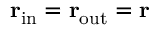
{ \bf r } _ { \mathrm { i n } } = { \bf r } _ { \mathrm { o u t } } = { \bf r }